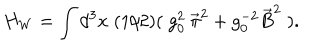
LaTeX: H _ { W } = \int d ^ { 3 } x \; ( 1 / 2 ) ( \; g _ { 0 } ^ { 2 } \: \vec { \pi } ^ { 2 } + g _ { 0 } ^ { - 2 } \vec { B } ^ { 2 } \; ) .